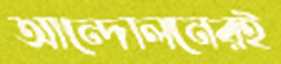
আন্দোলনেরই